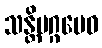
သန္တိမဂ္ဂမေဝ